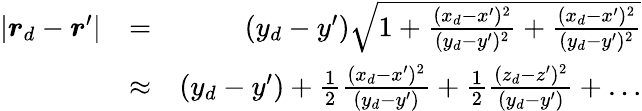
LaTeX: \begin{array}{rlr}{|\boldsymbol{r}_{d}-\boldsymbol{r}^{\prime}|}&{=}&{(y_{d}-y^{\prime})\sqrt{1+\frac{(x_{d}-x^{\prime})^{2}}{(y_{d}-y^{\prime})^{2}}+\frac{(x_{d}-x^{\prime})^{2}}{(y_{d}-y^{\prime})^{2}}}}\\ &{\approx}&{(y_{d}-y^{\prime})+\frac{1}{2}\frac{(x_{d}-x^{\prime})^{2}}{(y_{d}-y^{\prime})}+\frac{1}{2}\frac{(z_{d}-z^{\prime})^{2}}{(y_{d}-y^{\prime})}+\dots}\end{array}